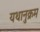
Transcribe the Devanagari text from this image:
यथानुक्रम